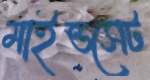
মাইন্ডসেট